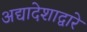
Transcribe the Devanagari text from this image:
अद्यादेशाद्वारे